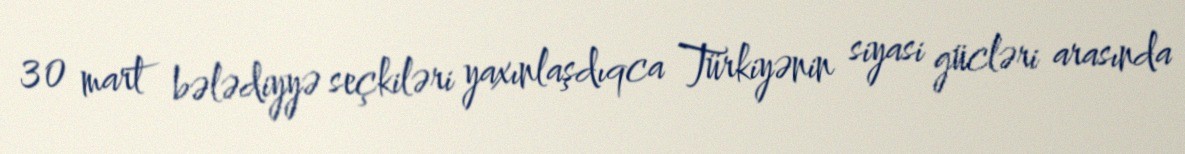
30 mart bələdiyyə seçkiləri yaxınlaşdıqca Türkiyənin siyasi gücləri arasında